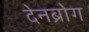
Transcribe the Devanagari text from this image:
देनब्रोग